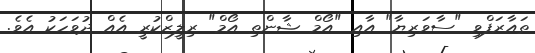
ތައާރަފްވި "ސާވަރިޔާ" އާއި "އޯމް ޝާންތި އޯމް" ރިލީޒްކުރީ އެއް ދުވަހަކު އެވެ.